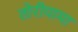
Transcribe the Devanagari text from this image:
तोरीयामा